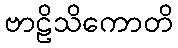
ဗာဠိသိကောတိ